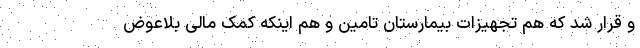
و قرار شد که هم تجهیزات بیمارستان تامین و هم اینکه کمک مالی بلاعوض